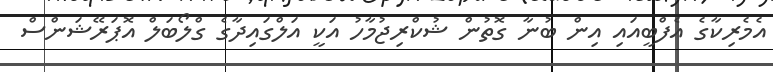
އެމެރިކާގެ އެފްބީއައި އިން ބުނާ ގޮތުން ޝުކްރިޖުމާހު އަކީ އަލްގައިދާގެ ގްލޯބަލް އޮޕަރޭޝަންސް